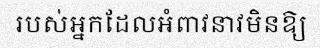
របស់អ្នកដែលអំពាវនាវមិនឱ្យ